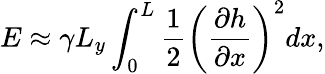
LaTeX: E\approx\gamma L_{y}\int_{0}^{L}\frac{1}{2}\left(\frac{\partial h}{\partial x}\right)^{2}dx,